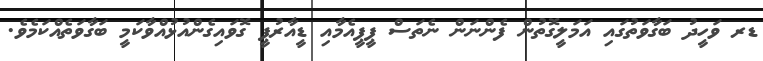
ޑރ ވަހީދު ބަގާވަތުގައި އަމަލީގޮތުން ފެންނަން ނެތަސް ޕީޕީއެމާއި ޑީއާރުޕީ ގޮވައިގެންއުޅުއްވާކަމީ ބަގާވަތެއްކަމެވެ.